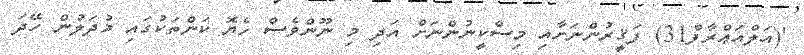
'(އަލްއަޢްރާފް31) ފަޤީރުންނަށާއި މިސްކީނުންނަށް އަދި މި ނޫންވެސް ހެޔޮ ކަންތަކުގައި މުދަލުން ހޭދަ